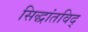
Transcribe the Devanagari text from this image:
सिद्धांतविद्